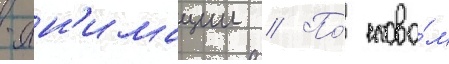
-ан'имации // По́ слова́м